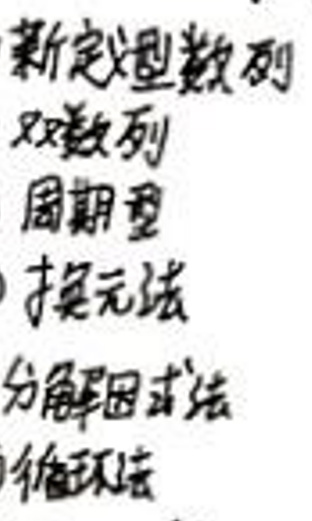
新定义数列\\
双数列\\
周期型\\
换元法\\
分解因式法\\
循环法